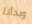
وبدأنا